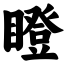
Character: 瞪